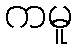
ကမူ